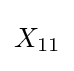
{\begin{aligned}X_{11}\end{aligned}}